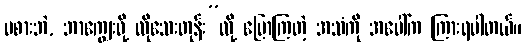
မစားဘဲ, ဘာကျွေးဖို့ လိုသေးတုန်း”လို့ ပြောကြတဲ့ အသံကို အပေါ်က ကြားရပါတယ်။